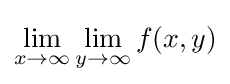
\lim _{x\to \infty }\lim _{y\to \infty }f(x,y)